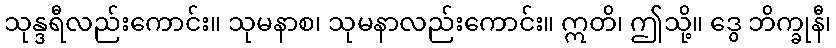
သုန္ဒရီလည်းကောင်း။ သုမနာစ၊ သုမနာလည်းကောင်း။ ဣတိ၊ ဤသို့။ ဒွေ ဘိက္ခုနီ၊